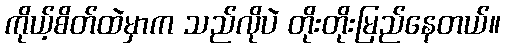
ကိုယ့်စိတ်ထဲမှာက သည်လိုပဲ တိုးတိုးမြည်နေတယ်။